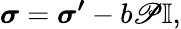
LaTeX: \boldsymbol{\sigma}=\boldsymbol{\sigma^{\prime}}-b\mathscr{P}\boldsymbol{\mathbb{{I}}},